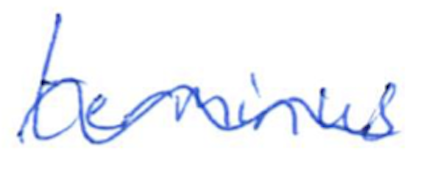
Text: terminus
Cross-out: mix
Writing tool: ballpoint